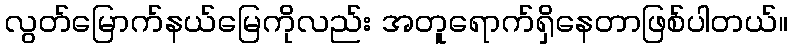
လွတ်မြောက်နယ်မြေကိုလည်း အတူရောက်ရှိနေတာဖြစ်ပါတယ်။